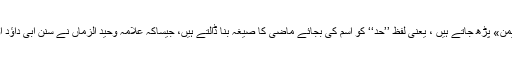
«حَدُّ مِرۡفَقَہ الۡاَیۡمَن» کو«حَدَّ مِرۡفَقَہ الأیمن» پڑھ جاتے ہیں ، یعنی لفظ ’’حد‘‘ کو اسم کی بجائے ماضی کا صیغہ بنا ڈالتے ہیں، جیساکہ علامہ وحید الزماں نے سنن ابی داؤد اور سنن نسائی کے تراجم میں کیا ہے۔